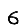
Digit: 6